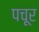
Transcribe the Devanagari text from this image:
पचूर